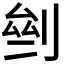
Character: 𠜸